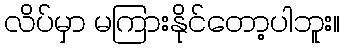
လိပ်မှာ မကြားနိုင်တော့ပါဘူး။